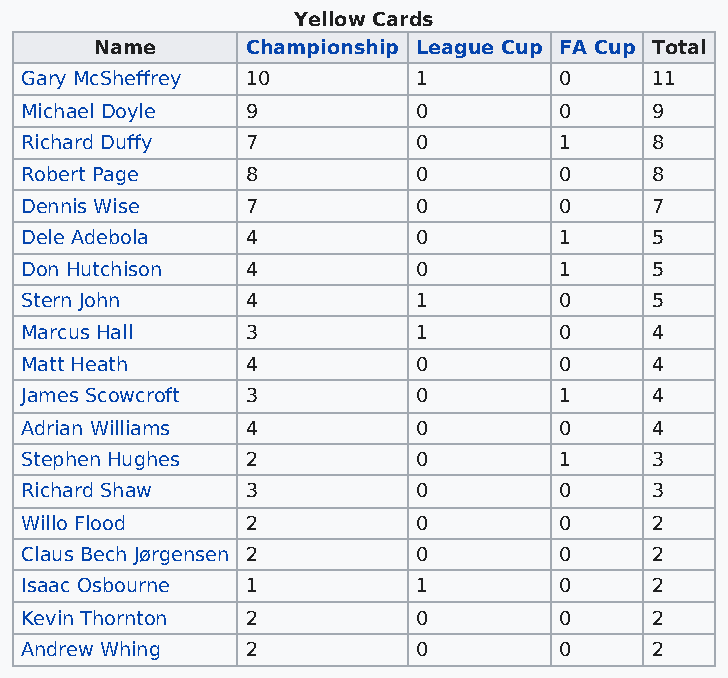
Yellow Cards
 Name      Championship League Cup FA Cup Total
 Gary McSheffrey 10        1         0     11
 Michael Doyle  9          0         0     9
 Richard Duffy  7          0         1     8
 Robert Page    8          0         0     8
 Dennis Wise    7          0         0     7
 Dele Adebola   4          0         1     5
 Don Hutchison  4          0         1     5
 Stern John     4          1         0     5
 Marcus Hall    3          1         0     4
 Matt Heath     4          0         0     4
 James Scowcroft 3         0         1     4
 Adrian Williams 4         0         0     4
 Stephen Hughes 2          0         1     3
 Richard Shaw   3          0         0     3
 Willo Flood    2          0         0     2
 Claus Bech Jørgensen 2    0         0     2
 Isaac Osbourne 1          1         0     2
 Kevin Thornton 2          0         0     2
 Andrew Whing   2          0         0     2